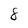
Character: 8